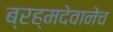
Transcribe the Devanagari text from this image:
ब्रह्मदेवानेच